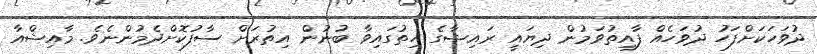
ދުވަހަކަށްފަހު ދުވަހެއް ފާއިތުވަމުން ދިޔައީ ރައިޝާގެ ހިތުގައިވާ ބުނުން އިތުރަށް ސާފުކޮށްދެމުންނެވެ. މާއިޝްއާ